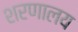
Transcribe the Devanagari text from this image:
शरणालय